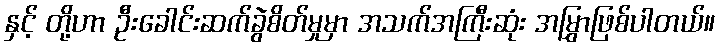
နှင့် တို့ဟာ ဦးခေါင်းဆက်ခွဲစိတ်မှုမှာ အသက်အကြီးဆုံး အမြွှာဖြစ်ပါတယ်။